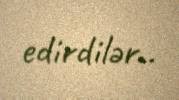
edirdilər..